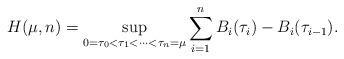
LaTeX: \begin{align*}H(\mu,n)=\sup_{0=\tau_0<\tau_1<\dots<\tau_n=\mu}\sum_{i=1}^nB_i(\tau_i)-B_i(\tau_{i-1}).\end{align*}